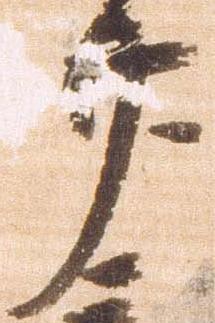
廿